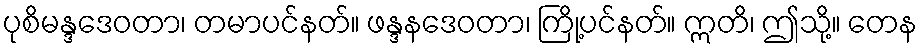
ပုစိမန္ဒဒေဝတာ၊ တမာပင်နတ်။ ဖန္ဒနဒေဝတာ၊ ကြို့ပင်နတ်။ ဣတိ၊ ဤသို့။ တေန